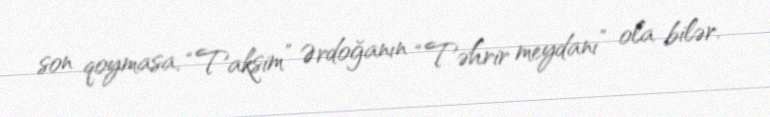
son qoymasa, “Taksim” Ərdoğanın “Təhrir meydanı” ola bilər.